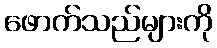
ဖောက်သည်များကို